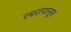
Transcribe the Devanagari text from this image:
रबरापासून